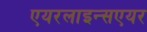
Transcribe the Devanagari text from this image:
एयरलाइन्सएयर